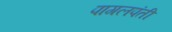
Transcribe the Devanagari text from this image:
पागलपंती